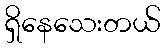
ရှိနေသေးတယ်